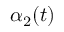
\alpha _ { 2 } ( t )